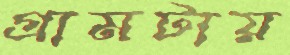
গ্রামটায়